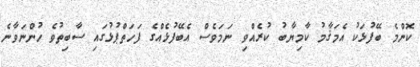
ކޮންމެ ބޭފުޅަކު އެމަޤާމު ކާމިޔާބު ކުރެއްވި ނަމަވެސް އެބޭފުޅެއްގެ ފަހަތްޕުޅުގައި ސާބިތުވެ ހުންނަވާނެ